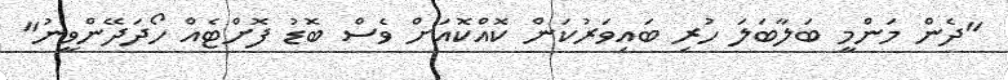
"ދެން މަންމީ ބަލާބަލަ ހުރި ބައިވަރުކަން ކޮއްކޮއަށް ވެސް ބޮޑު ފޮށްޓެއް ހޯދަދޭންވީނު"